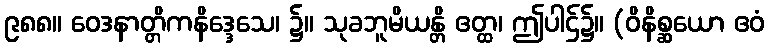
၉၈၈။ ဝေဒနာတ္တိကနိဒ္ဒေသေ၊ ၌။ သုခဘူမိယန္တိ ဧတ္ထ၊ ဤပါဌ်၌။ (ဝိနိစ္ဆယော ဧဝံ